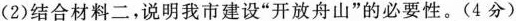
（2）结合材料二，说明我市建设“开放舟山”的必要性。（4分）